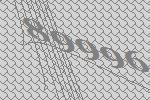
89996